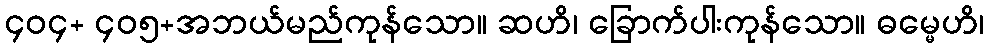
၄၀၄+ ၄၀၅+အဘယ်မည်ကုန်သော။ ဆဟိ၊ ခြောက်ပါးကုန်သော။ ဓမ္မေဟိ၊